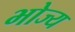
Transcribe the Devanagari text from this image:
भोज्‍य